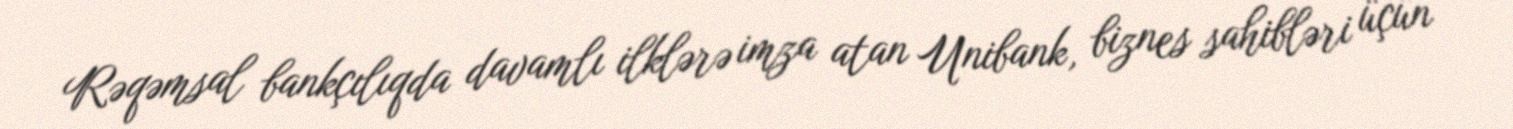
Rəqəmsal bankçılıqda davamlı ilklərə imza atan Unibank, biznes sahibləri üçün